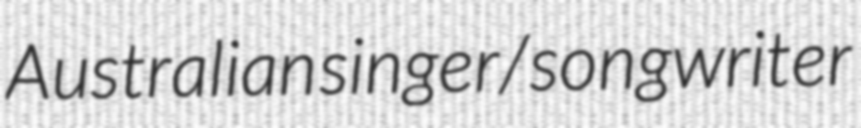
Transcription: Australian singer/songwriter